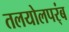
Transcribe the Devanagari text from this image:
तलयोलपर्ंब